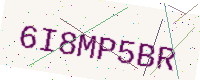
Text: 6I8MP5BR